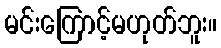
မင်းကြောင့်မဟုတ်ဘူး။